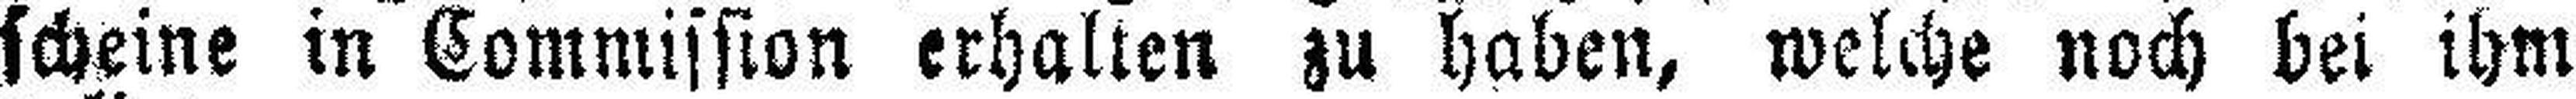
scheine in Commission erhalten zu haben, welche noch bei ihm